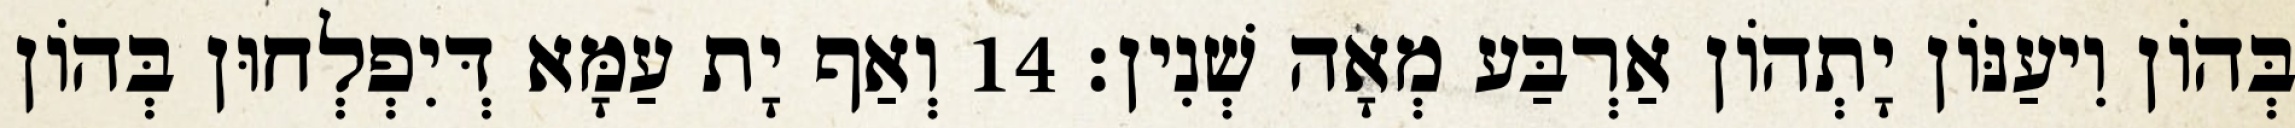
בְּהוֹן וִיעַנּוֹן יָתְהוֹן אַרְבַּע מְאָה שְׁנִין׃ 14 וְאַף יָת עַמָּא דְּיִפְלְחוּן בְּהוֹן